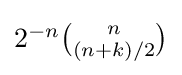
{\textstyle 2^{-n}{n \choose (n+k)/2}}